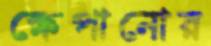
ক্ষেপানোর